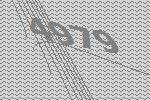
4979